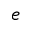
e